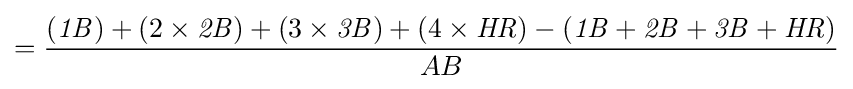
={\frac {({\mathit {1B}})+(2\times {\mathit {2B}})+(3\times {\mathit {3B}})+(4\times {\mathit {HR}})-({\mathit {1B}}+{\mathit {2B}}+{\mathit {3B}}+{\mathit {HR}})}{AB}}